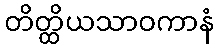
တိတ္ထိယသာဝကာနံ